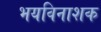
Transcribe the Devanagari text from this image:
भयविनाशक